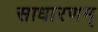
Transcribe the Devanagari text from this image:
साधारणम्